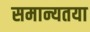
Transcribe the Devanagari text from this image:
समान्यतया